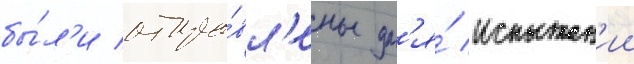
бы́л'и отпра́вл'ены дл'я́ испытан'ии